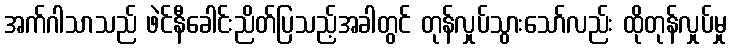
အက်ဂါသာသည် ဖဲင်နီခေါင်းညိတ်ပြသည့်အခါတွင် တုန်လှုပ်သွားသော်လည်း ထိုတုန်လှုပ်မှု